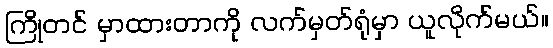
ကြိုတင် မှာထားတာကို လက်မှတ်ရုံမှာ ယူလိုက်မယ်။